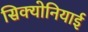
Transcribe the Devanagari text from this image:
सिक्योनियाई